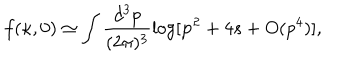
f ( \kappa , 0 ) \simeq \int \frac { d ^ { 3 } p } { ( 2 \pi ) ^ { 3 } } \log [ { \bf p } ^ { 2 } + 4 s + O ( p ^ { 4 } ) ] ,